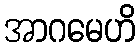
အာဂမေဟိ